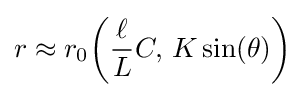
\displaystyle r\approx r_{0}\!\left({\frac {\ell }{L}}C,\!~K\sin(\theta )\right)